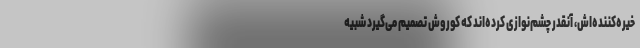
خیره‌کننده‌اش، آنقدر چشم‌نوازی کرده‌اند که کوروش تصمیم می‌گیرد شبیه